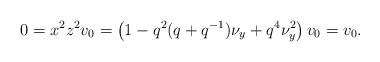
LaTeX: \begin{align*}0 = x^2 z^2 v_0 = \left(1 - q^2(q+q^{-1})\nu_y + q^4 \nu_y^2\right)v_0 = v_0.\end{align*}